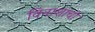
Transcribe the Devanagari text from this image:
विनाशाची